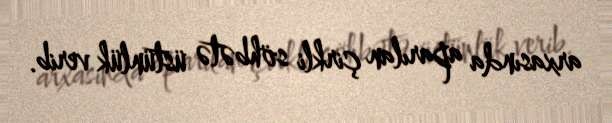
arxasında aparılan çirkli söhbətə üstünlük verib.